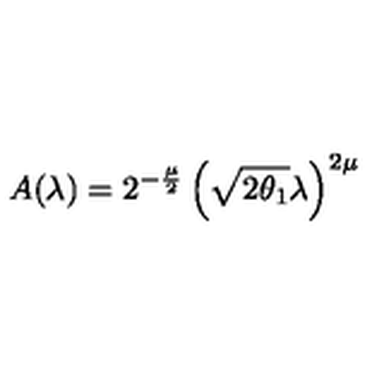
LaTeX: A ( \lambda ) = 2 ^ { - \frac { \mu } { 2 } } \left( \sqrt { 2 \theta _ { 1 } } \lambda \right) ^ { 2 \mu }